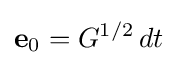
{\bf {e}}_{0}=G^{1/2}\,dt